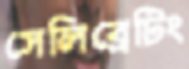
সেলিব্রেটিং